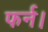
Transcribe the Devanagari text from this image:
फर्न।